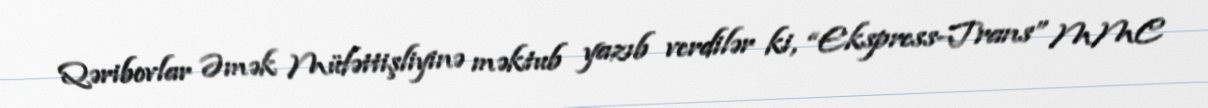
Qəribovlar Əmək Müfəttişliyinə məktub yazıb verdilər ki, “Ekspress-Trans” MMC